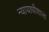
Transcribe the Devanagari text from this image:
न्यायाधीशाला